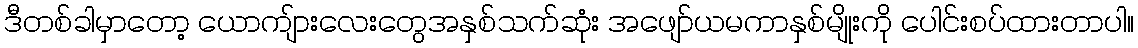
ဒီတစ်ခါမှာတော့ ယောကျ်ားလေးတွေအနှစ်သက်ဆုံး အဖျော်ယမကာနှစ်မျိုးကို ပေါင်းစပ်ထားတာပါ။